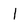
Character: I